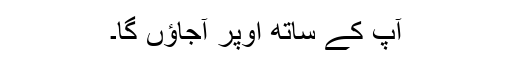
آپ کے ساتھ اوپر آجاؤں گا۔